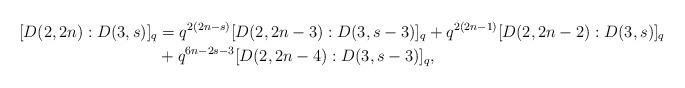
LaTeX: \begin{align*}[D(2,2n):D(3,s)]_q&=q^{2(2n-s)}[D(2,2n-3):D(3,s-3)]_q+q^{2(2n-1)}[D(2,2n-2):D(3,s)]_q&\\&+q^{6n-2s-3}[D(2,2n-4):D(3,s-3)]_q,\end{align*}